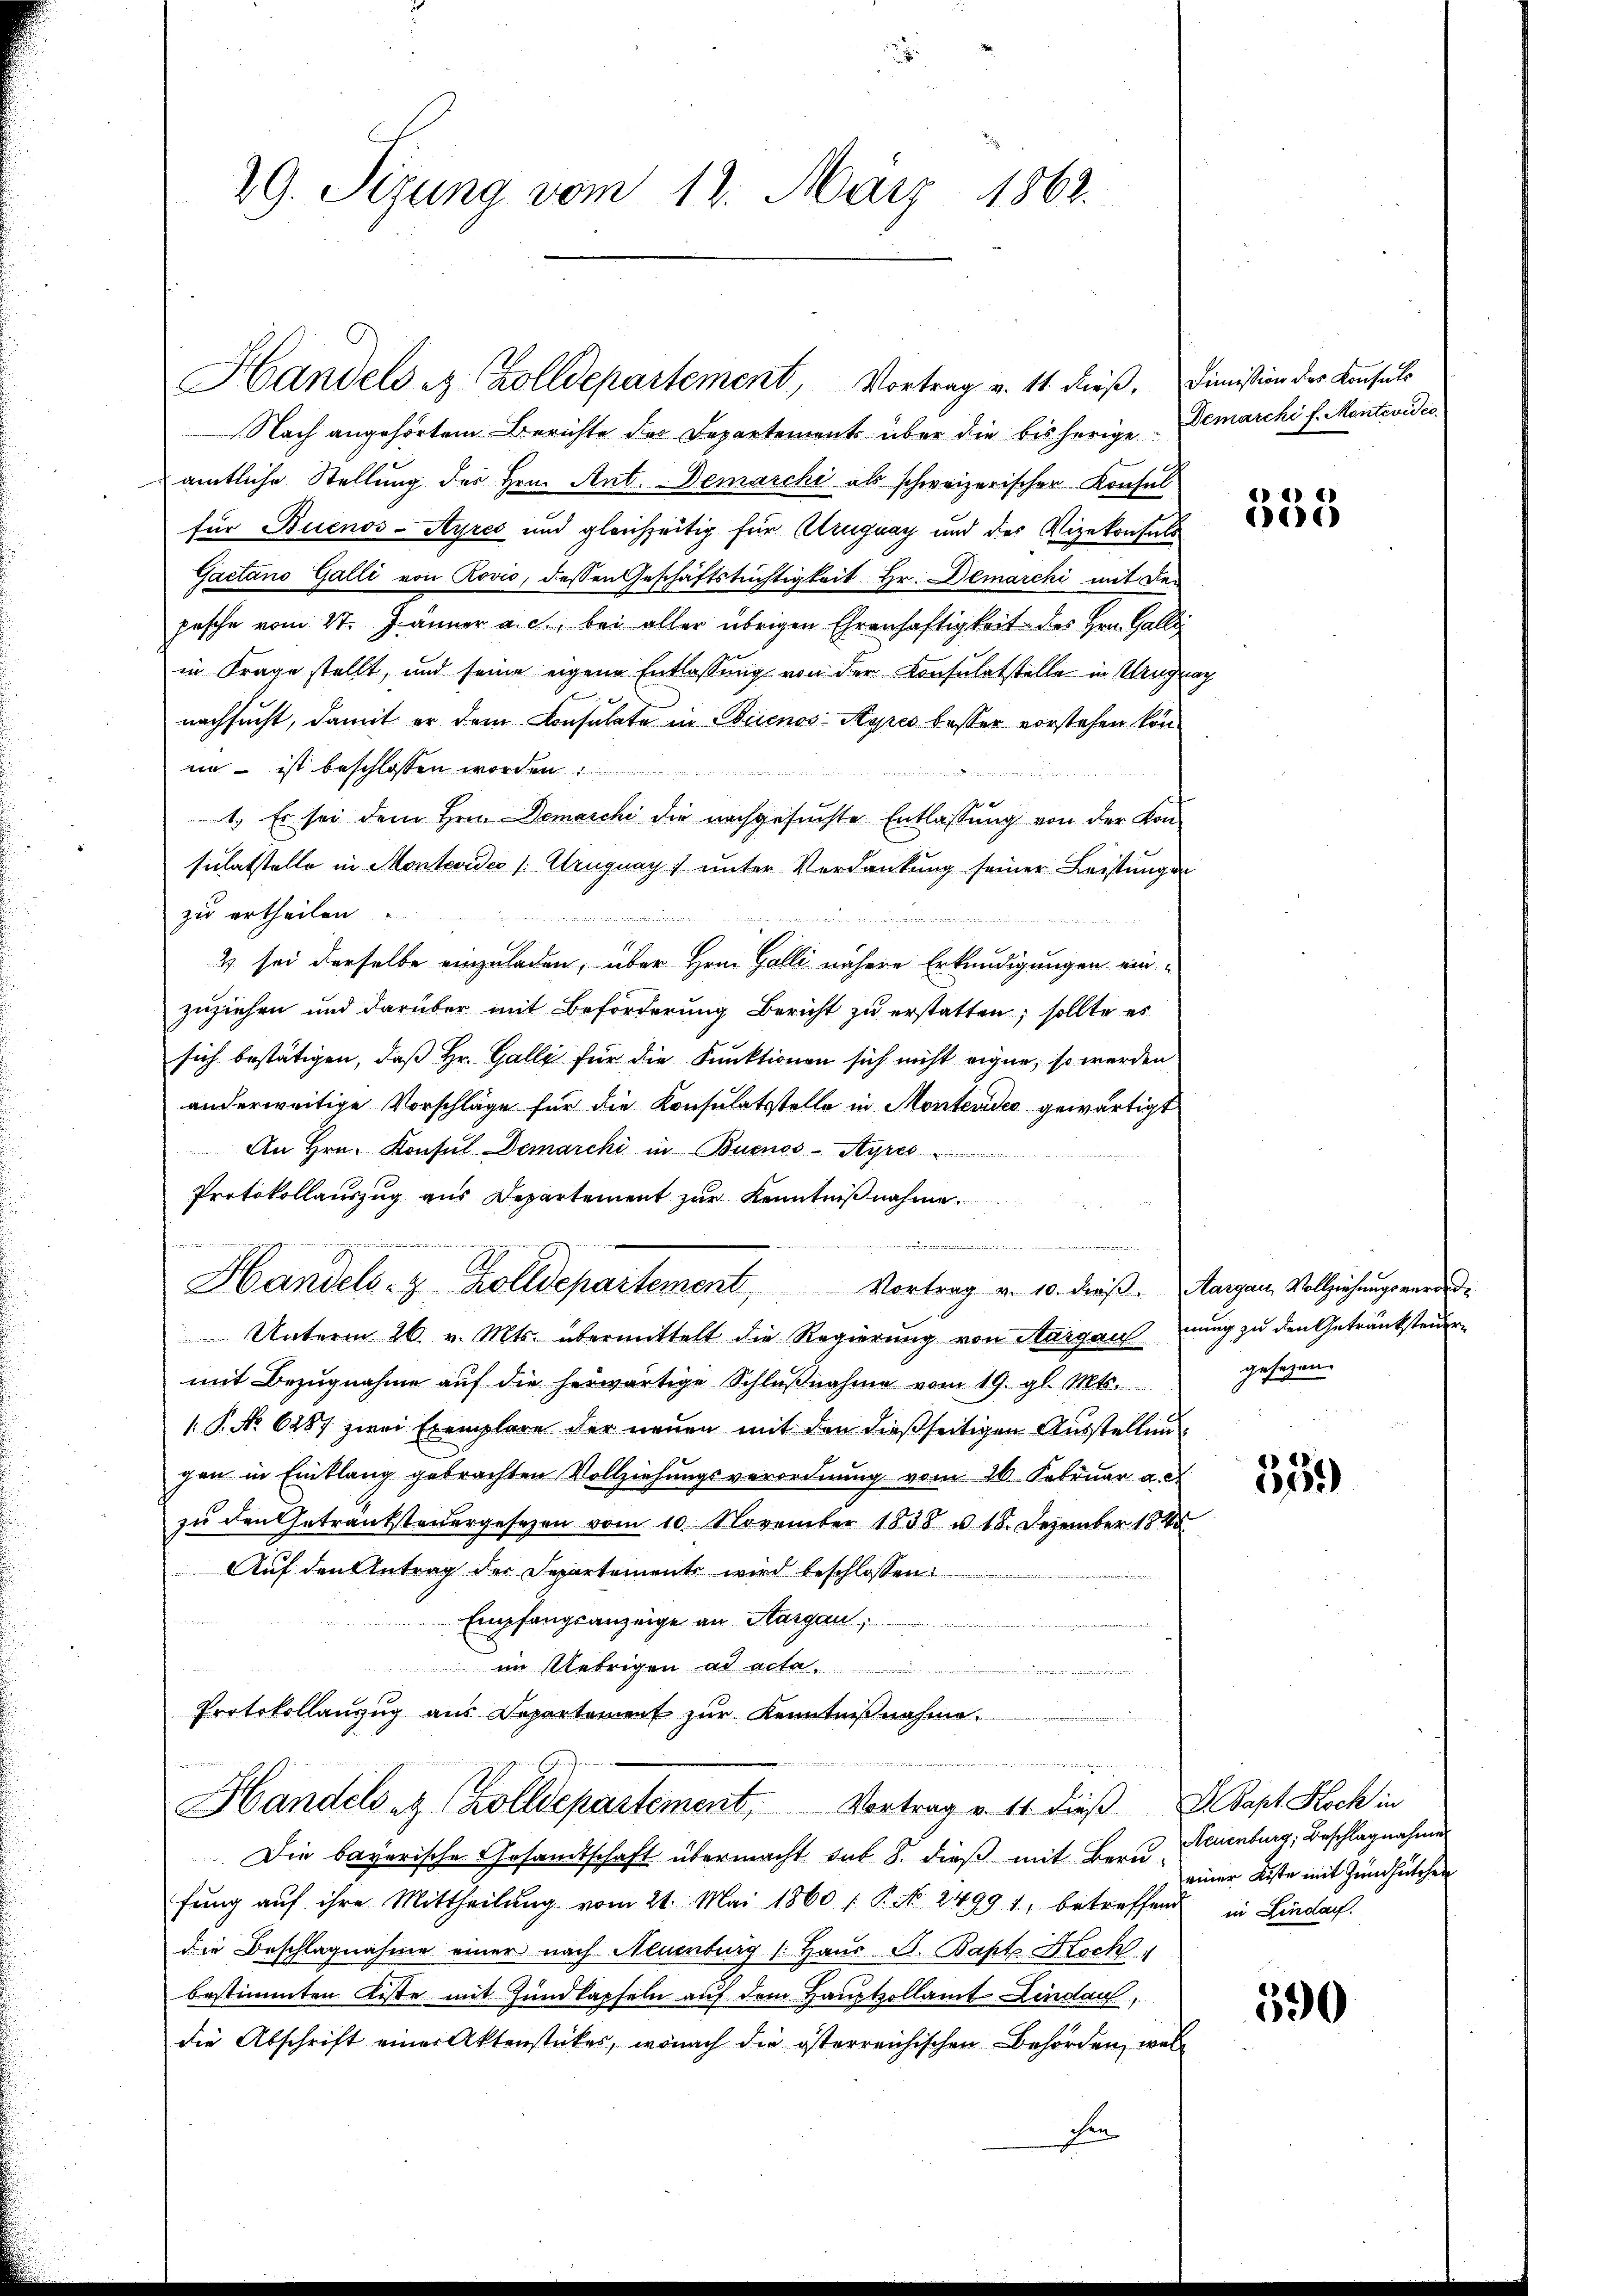
29. Sitzung vom 12. März 1862.

Nach angehörtem Berichte des Departements über die bisherige Demarchi f. Montevideo
amtliche Stellung der Hrn. Ant. Demarchi als schweizerischer Konsulfür Buenos-Ayres und gleichzeitig für Uruguay und der Vizekonsuls
Gactano Galli von Rovio, dessen Geschäftstüchtigkeit Hr. Demarchi mit den
pasche vom 27. Jänner a. c., bei aller übrigen Ehrenhaftigkeit des Hrn. Galle
in Frage stellt, und seine eigene Entlassung von der Konsulatstelle in Mengrag
e
nachsucht, damit er dem Consulate in Buenos-Ayres besser vorstehen könim – ist beschlossen worden
1.) Es sei dem Hrn. Demaschi die nachgesuchte Entlassung von der Konsulatstelle in Montevideo [Uruguay unter Verdankung seiner Leistungen
zu ertheilen

2 sei derselbe einzuladen, über Hrn. Galli nähere Erkundigungen ein-
zuziehen und darüber mit Beförderung Bericht zu erstatten; sollte es
sich bestätigen, daß Hr. Galle für die Funktionen sich nicht eigne, so werden
anderweitige Vorschläge für die Konsulatsstelle in Montevideo gewärtigt
An Hrn. Konsul Demarchi in Buenos-Ayres
Protokollauszug aus Departement zur Kenntnißnahme.
interm
un in eine
u
Handels- & Zolldepartement, Vortrag an. 10. dieß. Aargau, Vollziehungsverord¬
Unterm 26. v. Mts. übermittelt die Regierung von Aargaus nung zu den Getränkstendern
mit Bezŭgnahme aŭf die herwärtige Schlŭβnahme vom 19. gl. Mts.
 P. No. 6287 zwei Exemplare der neuen mit den dießseitigen Ausstellen
gen in Einklang gebrachten Vollziehungsverordnung vom 26. Februar a. c.
zu den Getränksteuergesezen vom 10. November 1838 u. 18. Dezember 1848
Auf den Antrag der Separtement wird beschlossen:
Empfangsanzeige an Sargau,
 im Uebrigen ad acta
.
Protokollanzug aus Departement zur Kenntnißnahme.
s
Handels z. Zolldepartement, Vortrag v. 11. dieβ D. Papt Koch in
Die bayerische Gesamtschaft übermacht das 8. dieß mit Bern Neuenburg, Beschlagnahmen
fung auf ihre Mittheilung vom 21. Mai 1860 / P. No. 2499. 1, betreffend in Lindach
die Beschlagnahme einer nach Alumburg (Haus S. Bapt. Koch
bestimmten Reste mit Hundkapfeln auf dem Hauptzollamt Lindau,
die Abschrift einer Aktenstückes, wonach die österreichischen Behörden, wel
chen

Handels z. Zolldepartement, Vortrag v. 11. dieβ. Dimission der Konsuls

533

gesagen.

559

einer Kiste mit Zumutchen

590